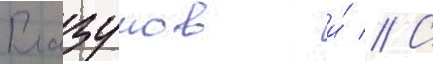
Глазунов и́ // С